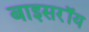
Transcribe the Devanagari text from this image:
बाइसरॉय